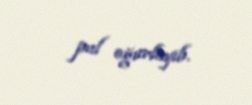
pul oğurlayıb.